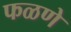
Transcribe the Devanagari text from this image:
फळणे